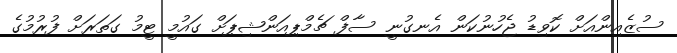
ސުޒެއިންއަށް ކޮވިޑު ޖެހުނުކަން އެނގުނީ ސާފް ޗެމްޕިއަންޝިޕަށް ގައުމީ ޓީމު ގަތަރަށް ފުރުމުގެ